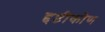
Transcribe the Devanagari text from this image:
द्दष्टीकोण